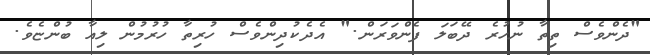
"ދެންވެސް ތިތާ ނުހުރެ ދޭބަލަ ފެންވަރަން." އެދެކުދިންވެސް ހުރިތާ ހުުރުމުން ލިއާ ބުންޏެވެ.